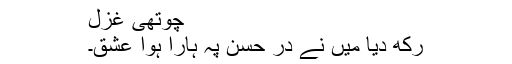
چوتھی غزل
رکھ دیا میں نے در حسن پہ ہارا ہوا عشق۔